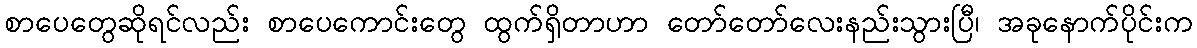
စာပေတွေဆိုရင်လည်း စာပေကောင်းတွေ ထွက်ရှိတာဟာ တော်တော်လေးနည်းသွားပြီ၊ အခုနောက်ပိုင်းက